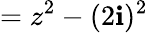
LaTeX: =z^{2}-(2\mathbf{i})^{2}